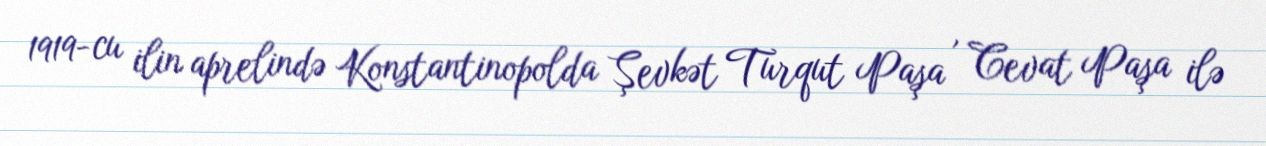
1919-cu ilin aprelində Konstantinopolda Şevkət Turqut Paşa , Cevat Paşa ilə